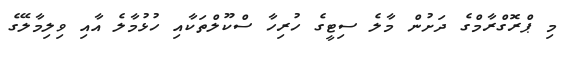
މި ޕްރޮގްރާމްގެ ދަށުން މާލެ ސިޓީގެ ހުރިހާ ސްކޫލްތަކާއި ހުޅުމާލެ އާއި ވިލިމާލޭގެ